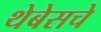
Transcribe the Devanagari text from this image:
थेबेसचे